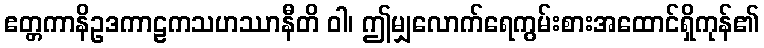
ဧတ္တကာနိဥဒကာဠကသဟဿာနီတိ ဝါ၊ ဤမျှလောက်ရေကွမ်းစားအထောင်ရှိကုန်၏